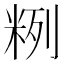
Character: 𱸻